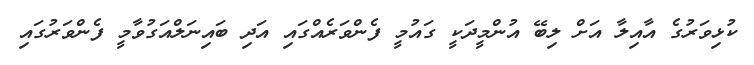
ކުޅިވަރުގެ އާއިލާ އަށް ލިބޭ އުންމީދަކީ ގައުމީ ފެންވަރެއްގައި އަދި ބައިނަލްއަގުވާމީ ފެންވަރުގައި